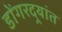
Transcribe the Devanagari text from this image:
डोंगरदर्‍यांत